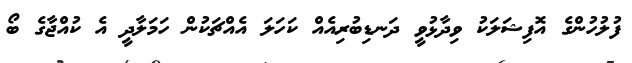
ފުލުހުންގެ އޮފިޝަލަކު ވިދާޅުވީ ދަނޑިބުރިއެއް ކަހަލަ އެއްޗަކުން ހަމަލާދީ އެ ކުއްޖާގެ ބޯ